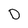
Character: D